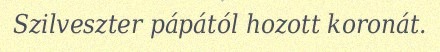
Szilveszter pápától hozott koronát.